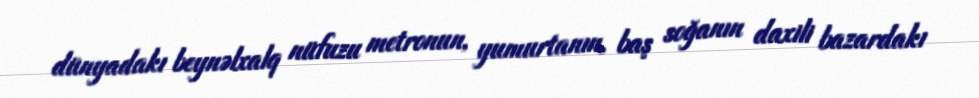
dünyadakı beynəlxalq nüfuzu metronun, yumurtanın, baş soğanın daxili bazardakı